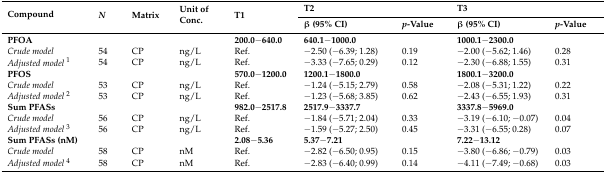
| <ROWSPAN=2> Compound | <ROWSPAN=2> N | <ROWSPAN=2> Matrix | <ROWSPAN=2> Unit of Conc. | <ROWSPAN=2> T1 | <COLSPAN=2> T2 | <COLSPAN=2> T3 |
 | β (95% CI) | p-Value | β (95% CI) | p-Value |
 | --- | --- | --- | --- | --- | --- | --- | --- | --- |
 | PFOA |  |  |  | 200.0−640.0 | 640.1−1000.0 |  | 1000.1−2300.0 |  |
 | Crude model | 54 | CP | ng/L | Ref. | −2.50 (−6.39; 1.28) | 0.19 | −2.00 (−5.62; 1.46) | 0.28 |
 | Adjusted model1 | 54 | CP | ng/L | Ref. | −3.33 (−7.65; 0.29) | 0.12 | −2.30 (−6.88; 1.55) | 0.31 |
 | PFOS |  |  |  | 570.0−1200.0 | 1200.1−1800.0 |  | 1800.1−3200.0 |  |
 | Crude model | 53 | CP | ng/L | Ref. | −1.24 (−5.15; 2.79) | 0.58 | −2.08 (−5.31; 1.22) | 0.22 |
 | Adjusted model2 | 53 | CP | ng/L | Ref. | −1.23 (−5.68; 3.85) | 0.62 | −2.43 (−6.55; 1.93) | 0.31 |
 | Sum PFASs |  |  |  | 982.0−2517.8 | 2517.9−3337.7 |  | 3337.8−5969.0 |  |
 | Crude model | 56 | CP | ng/L | Ref. | −1.84 (−5.71; 2.04) | 0.33 | −3.19 (−6.10; −0.07) | 0.04 |
 | Adjusted model3 | 56 | CP | ng/L | Ref. | −1.59 (−5.27; 2.50) | 0.45 | −3.31 (−6.55; 0.28) | 0.07 |
 | Sum PFASs (nM) |  |  |  | 2.08−5.36 | 5.37−7.21 |  | 7.22−13.12 |  |
 | Crude model | 58 | CP | nM | Ref. | −2.82 (−6.50; 0.95) | 0.15 | −3.80 (−6.86; −0.79) | 0.03 |
 | Adjusted model4 | 58 | CP | nM | Ref. | −2.83 (−6.40; 0.99) | 0.14 | −4.11 (−7.49; −0.68) | 0.03 |